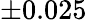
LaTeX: \pm 0.025\